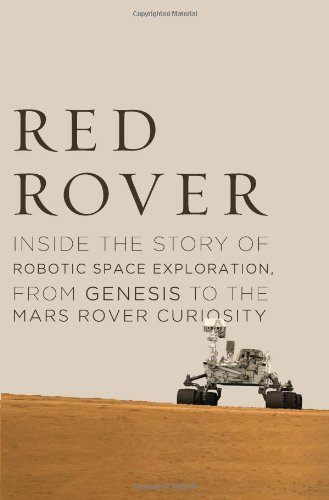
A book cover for Red Rover: Inside the Story of Robotic Space Exploration, from Genesis to the Mars Rover Curiosity; Roger Wiens; Science & Math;